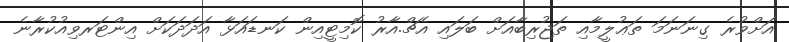
އަށްވުރެ ގިނަނަމަ ތަޢުލީމާއި ތަޖުރިބާއަށް ބަލައި އެޗް.އާރު ކޮމިޓީއިން ކަނޑައަޅާ އަދަދަކަށް އިންޓަރވިއުކުރާނެ